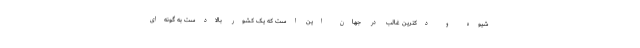
شیوه‌ و دکترین غالب در جهان این است که یک کشور بالادست به گونه‌ای